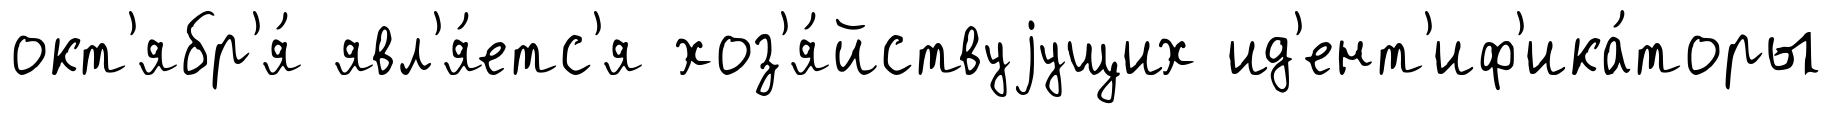
окт'ябр'я́ явл'я́етс'я хоз'я́йствуjущих ид'ент'иф'ика́торы